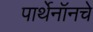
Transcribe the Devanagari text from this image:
पार्थेनॉनचे